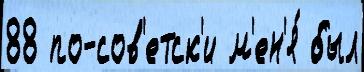
88 по-сов'етск'и м'ен'я́ был